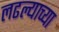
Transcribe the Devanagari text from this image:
लढल्याच्या